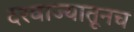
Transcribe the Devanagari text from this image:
दरवाज्यातूनच